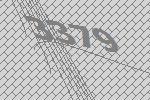
3379